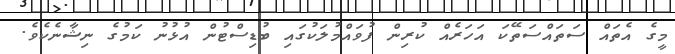
މީގެ އެތައް ސަތައްސަތޭކަ އަހަރެއް ކުރިން ފުވައްމުލަކުގައި ބުޑިސްޓުން އުޅުނު ކަމުގެ ނިޝާނެކެވެ.